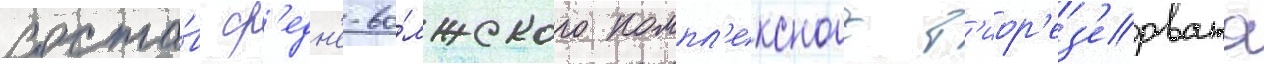
соста́в ср'едн'е-во́лжского компл'ексного б'иор'ез'ервата